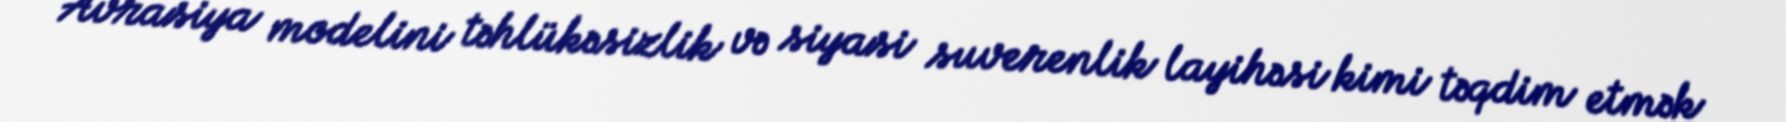
Avrasiya modelini təhlükəsizlik və siyasi suverenlik layihəsi kimi təqdim etmək